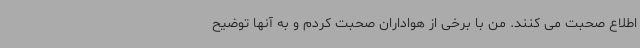
اطلاع صحبت می کنند. من با برخی از هواداران صحبت کردم و به آنها توضیح